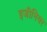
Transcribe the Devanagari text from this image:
इजीनियर